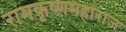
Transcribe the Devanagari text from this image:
रामकृष्णमहाराज